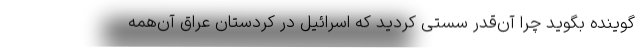
گوینده بگوید چرا آن‌قدر سستی کردید که اسرائیل در کردستان عراق آن‌همه